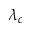
\lambda _ { c }